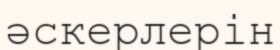
әскерлерін